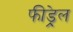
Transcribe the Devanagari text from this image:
फीड्रेल